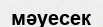
мәуесек